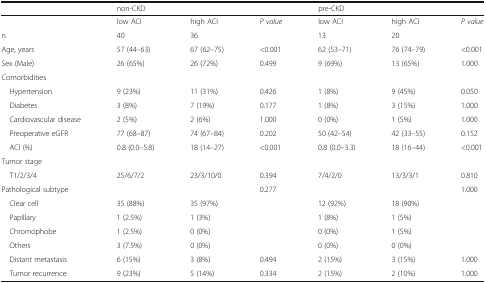
<table><thead><tr><td></td><td colspan="2"><b>non-CKD</b></td><td></td><td colspan="2"><b>pre-CKD</b></td><td></td></tr></thead><tbody><tr><td></td><td>low ACI</td><td>high ACI</td><td><i>P value</i></td><td>low ACI</td><td>high ACI</td><td><i>P value</i></td></tr><tr><td>n</td><td>40</td><td>36</td><td></td><td>13</td><td>20</td><td></td></tr><tr><td>Age, years</td><td>57 (44–63)</td><td>67 (62–75)</td><td>&lt;0.001</td><td>62 (53–71)</td><td>76 (74–79)</td><td>&lt;0.001</td></tr><tr><td>Sex (Male)</td><td>26 (65%)</td><td>26 (72%)</td><td>0.499</td><td>9 (69%)</td><td>13 (65%)</td><td>1.000</td></tr><tr><td colspan="7">Comorbidities</td></tr><tr><td> Hypertension</td><td>9 (23%)</td><td>11 (31%)</td><td>0.426</td><td>1 (8%)</td><td>9 (45%)</td><td>0.050</td></tr><tr><td> Diabetes</td><td>3 (8%)</td><td>7 (19%)</td><td>0.177</td><td>1 (8%)</td><td>3 (15%)</td><td>1.000</td></tr><tr><td> Cardiovascular disease</td><td>2 (5%)</td><td>2 (6%)</td><td>1.000</td><td>0 (0%)</td><td>1 (5%)</td><td>1.000</td></tr><tr><td> Preoperative eGFR</td><td>77 (68–87)</td><td>74 (67–84)</td><td>0.202</td><td>50 (42–54)</td><td>42 (33–55)</td><td>0.152</td></tr><tr><td> ACI (%)</td><td>0.8 (0.0–5.8)</td><td>18 (14–27)</td><td>&lt;0.001</td><td>0.8 (0.0–3.3)</td><td>18 (16–44)</td><td>&lt;0.001</td></tr><tr><td colspan="7">Tumor stage</td></tr><tr><td> T1/2/3/4</td><td>25/6/7/2</td><td>23/3/10/0</td><td>0.394</td><td>7/4/2/0</td><td>13/3/3/1</td><td>0.810</td></tr><tr><td>Pathological subtype</td><td></td><td></td><td>0.277</td><td></td><td></td><td>1.000</td></tr><tr><td> Clear cell</td><td>35 (88%)</td><td>35 (97%)</td><td></td><td>12 (92%)</td><td>18 (90%)</td><td></td></tr><tr><td> Papillary</td><td>1 (2.5%)</td><td>1 (3%)</td><td></td><td>1 (8%)</td><td>1 (5%)</td><td></td></tr><tr><td> Chromophobe</td><td>1 (2.5%)</td><td>0 (0%)</td><td></td><td>0 (0%)</td><td>1 (5%)</td><td></td></tr><tr><td> Others</td><td>3 (7.5%)</td><td>0 (0%)</td><td></td><td>0 (0%)</td><td>0 (0%)</td><td></td></tr><tr><td> Distant metastasis</td><td>6 (15%)</td><td>3 (8%)</td><td>0.494</td><td>2 (15%)</td><td>3 (15%)</td><td>1.000</td></tr><tr><td> Tumor recurrence</td><td>9 (23%)</td><td>5 (14%)</td><td>0.334</td><td>2 (15%)</td><td>2 (10%)</td><td>1.000</td></tr></tbody></table>